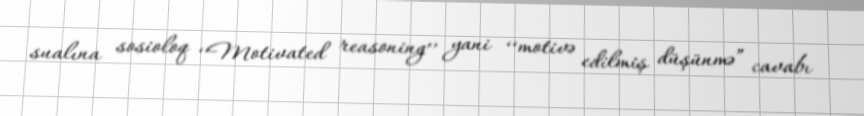
sualına sosioloq ‘‘Motivated reasoning’’ yani ‘‘motivə edilmiş düşünmə” cavabı